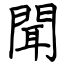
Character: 聞